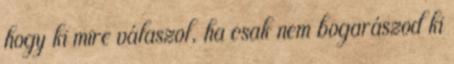
hogy ki mire válaszol, ha csak nem bogarászod ki